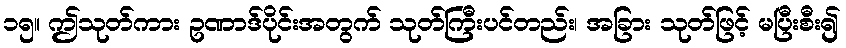
၁၅။ ဤသုတ်ကား ဥဏာဒ်ပိုင်းအတွက် သုတ်ကြီးပင်တည်း၊ အခြား သုတ်ဖြင့် မပြီးစီး၍